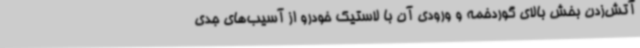
آتش‌زدن بخش بالای گوردخمه و ورودی آن با لاستیک خودرو از آسیب‌های جدی